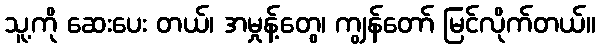
သူ့ကို ဆေးပေး တယ်၊ အမှုန့်တွေ၊ ကျွန်တော် မြင်လိုက်တယ်။